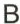
B